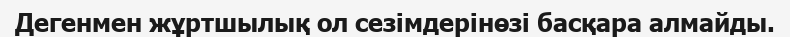
Дегенмен жұртшылық ол сезімдерінөзі басқара алмайды.